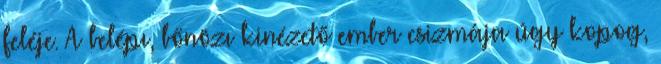
feléje. A belépı, bőnözı kinézető ember csizmája úgy kopog,